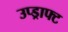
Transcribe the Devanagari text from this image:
उप्ड्राफ्ट